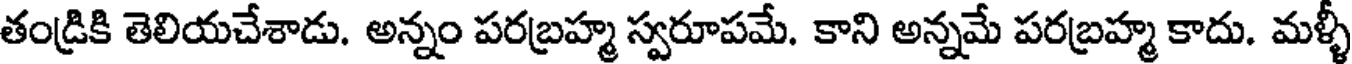
తండ్రికి తెలియచేశాడు. అన్నం పరబ్రహ్మ స్వరూపమే. కాని అన్నమే పరబ్రహ్మ కాదు. మళ్ళీ